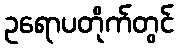
ဥရောပတိုက်တွင်